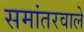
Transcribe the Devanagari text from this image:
समांतरवाले